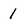
Character: 1